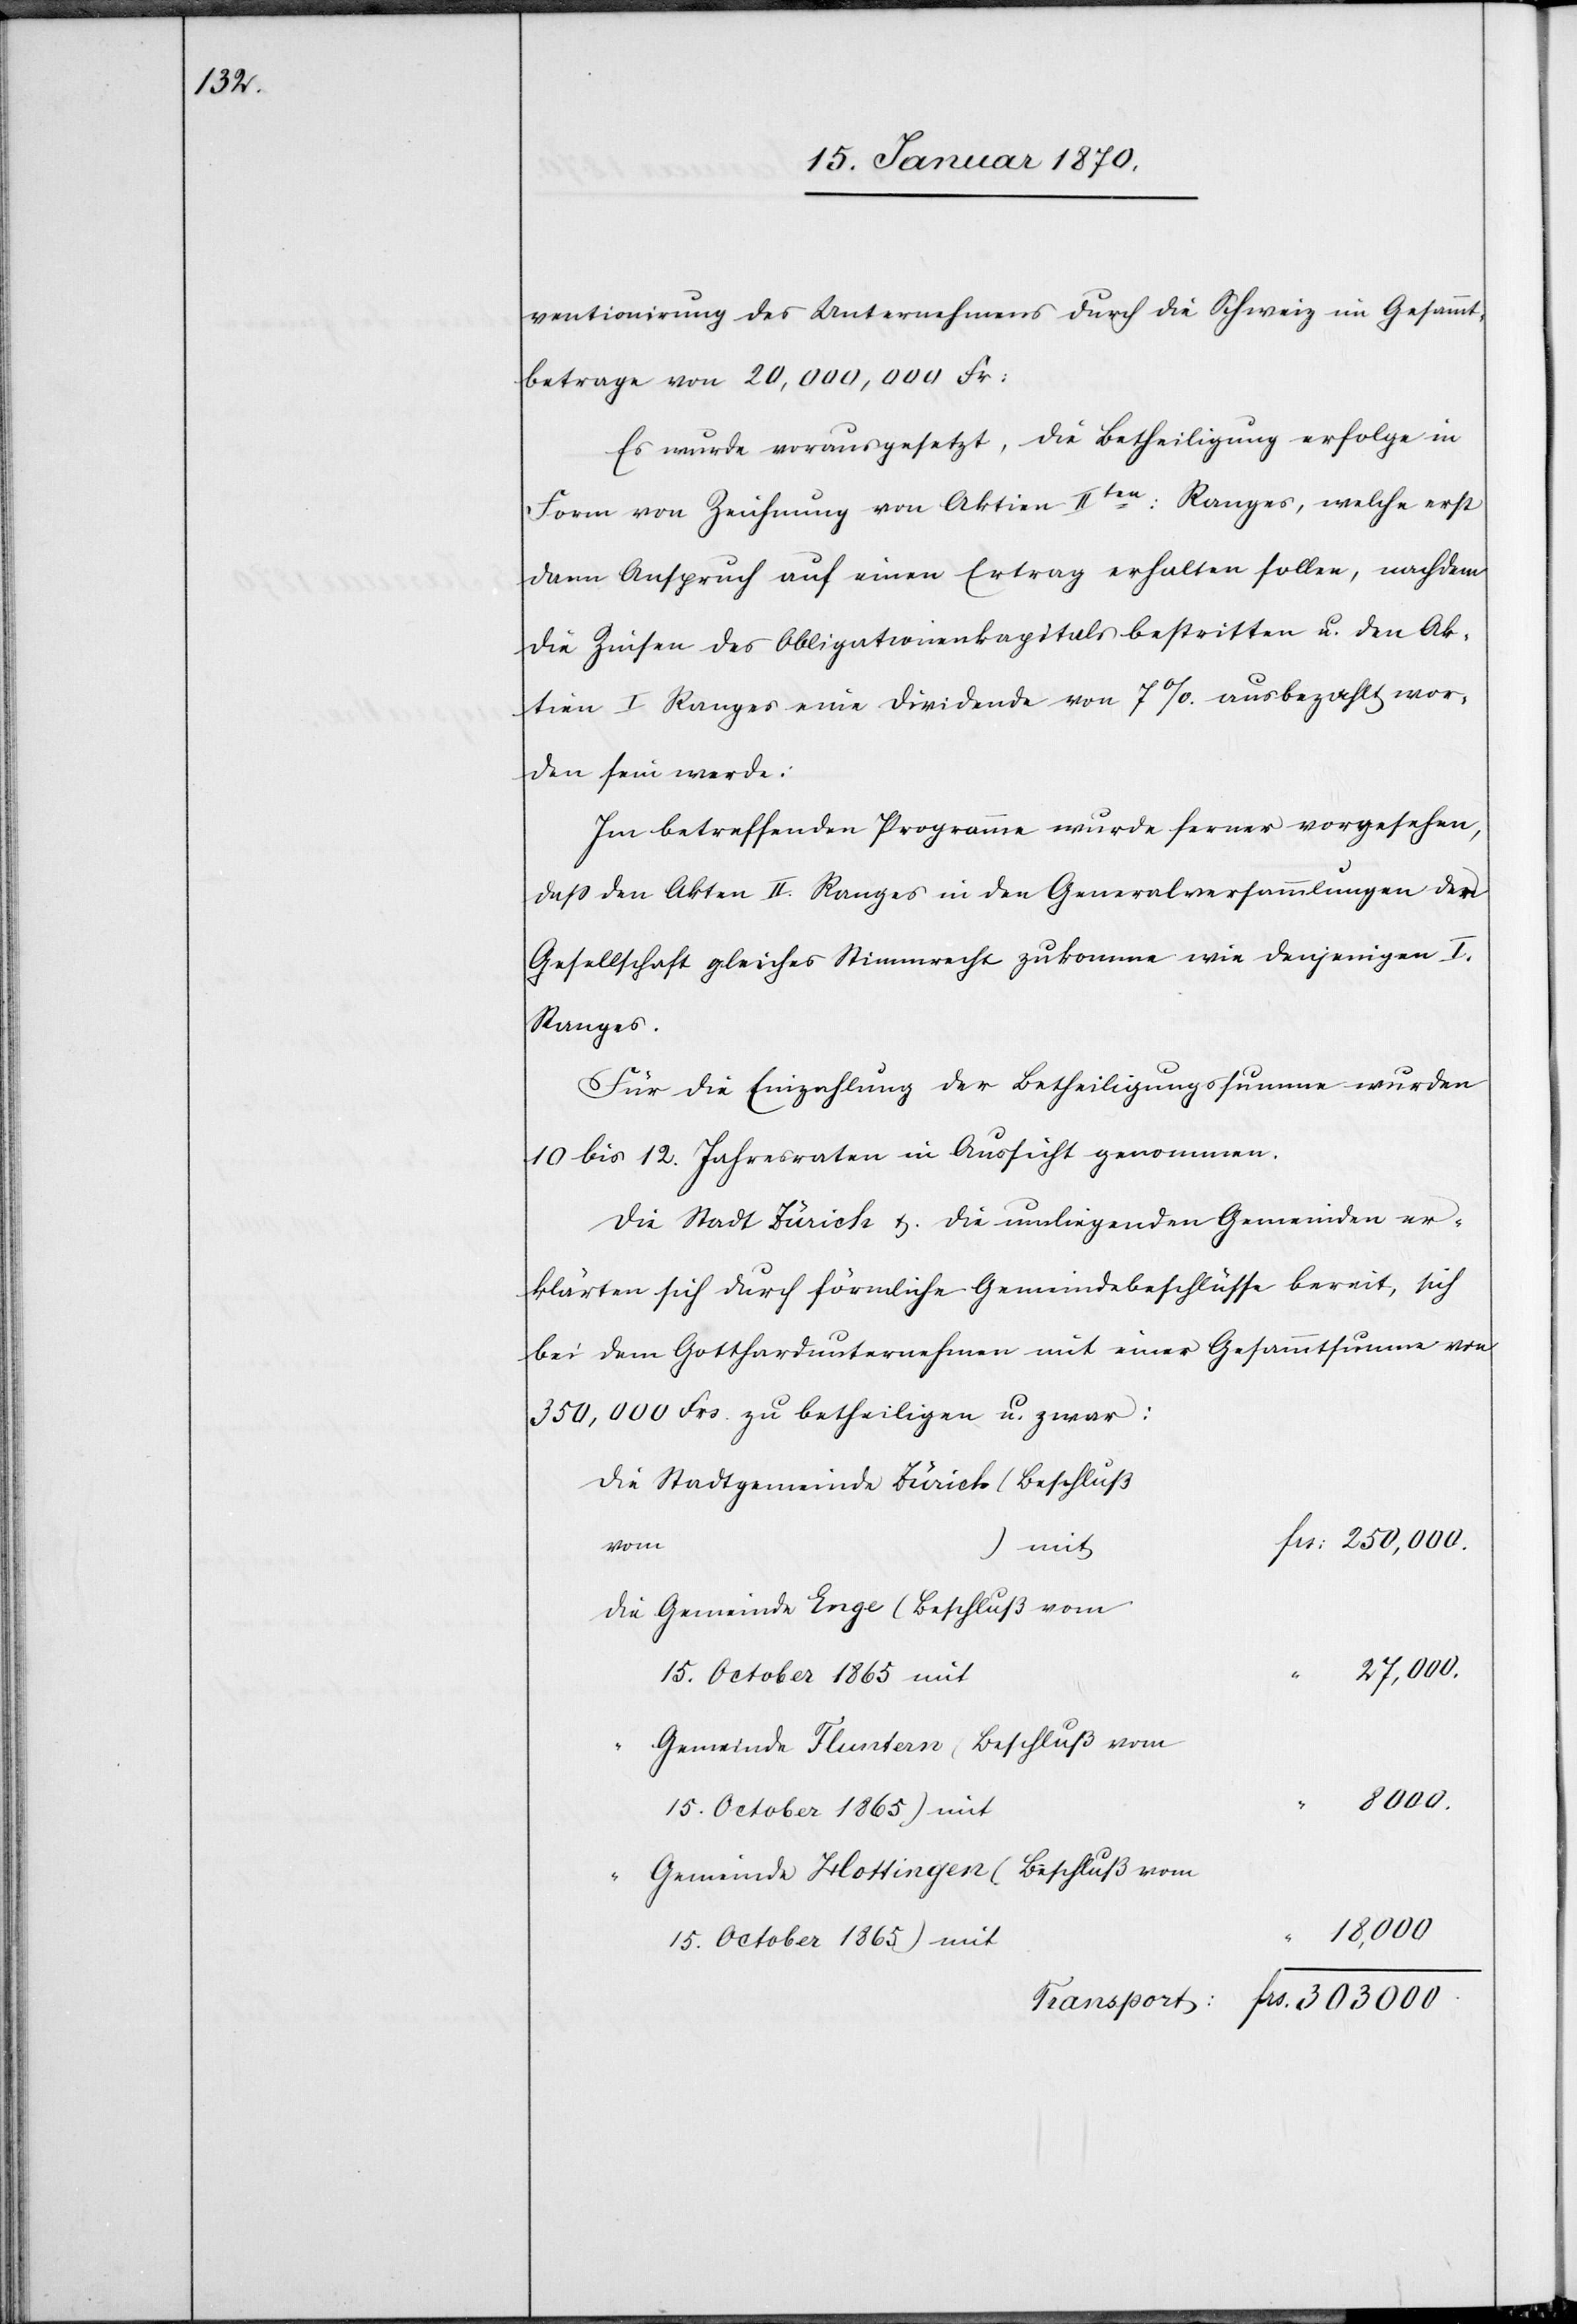
ventionirung des Unternehmens durch die Schweiz im Gesammt¬
betrage von 20,000,000 Fr:
Es wurde vorausgesetzt, die Betheiligung erfolge in
Form von Zeichnung von Aktien IIten: Ranges, welche erst
dann Anspruch auf einen Ertrag erhalten sollen, nachdem
die Zinsen des Obligationenkapitals bestritten u. den Ak¬
tien I Ranges eine Dividende von 7%. ausbezahlt wor¬
den sein werde:
Im betreffenden Programme wurde ferner vorgesehen,
daß den Akten II. Ranges in den Generalversammlungen der
Gesellschaft gleiches Stimmrecht zukomme wie denjenigen I.
Ranges.
Für die Einzahlung der Betheiligungssumme wurden
10 bis12. Jahresraten in Aussicht genommen.
Die Stadt Zürich u. die umliegenden Gemeinden er¬
klärten sich durch förmliche Gemeindebeschlüsse bereit, sich
bei dem Gotthardunternehmen mit einer Gesammtsumme von
350,000 Frs. zu betheiligen u. zwar:
Die Stadtgemeinde Zürich (Beschluß
vom
Die Gemeinde Enge (Beschluß vom
Gemeinde Fluntern (Beschluß vom
8000.
“
Gemeinde Hottingen (Beschluß vom
18,000.
…)
15. October 1865) mit
Transport: frs. 303 000.